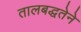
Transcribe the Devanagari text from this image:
तालबद्धतेने